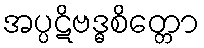
အပ္ပဋိဗဒ္ဓစိတ္တော